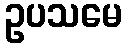
ဥပသမေ